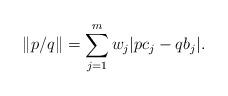
LaTeX: \begin{align*}\left\| p /q \right\| = \sum_{j=1}^{m} w_{j}|pc_{j}-qb_{j}|. \end{align*}